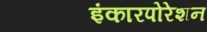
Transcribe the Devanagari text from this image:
इंकारपोरेशन